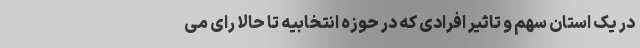
در یک استان سهم و تاثیر افرادی که در حوزه انتخابیه تا حالا رای می